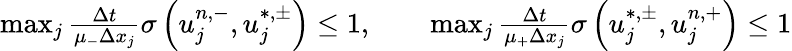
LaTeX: \begin{array}{r}{\operatorname*{max}_{j}\frac{\Delta t}{\mu_{-}\Delta x_{j}}\sigma\left(u_{j}^{n,-},u_{j}^{\ast,\pm}\right)\leq 1,\qquad\operatorname*{max}_{j}\frac{\Delta t}{\mu_{+}\Delta x_{j}}\sigma\left(u_{j}^{\ast,\pm},u_{j}^{n,+}\right)\leq 1}\end{array}